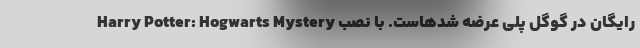
رایگان در گوگل پلی عرضه شدهاست. با نصب Harry Potter: Hogwarts Mystery